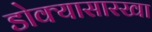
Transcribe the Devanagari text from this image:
डोक्यासारखा